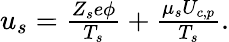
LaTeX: \begin{array}{r}{u_{s}=\frac{Z_{s}e\phi}{T_{s}}+\frac{\mu_{s}U_{c,p}}{T_{s}}.}\end{array}